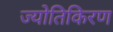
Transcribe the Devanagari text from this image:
ज्योतिकिरण